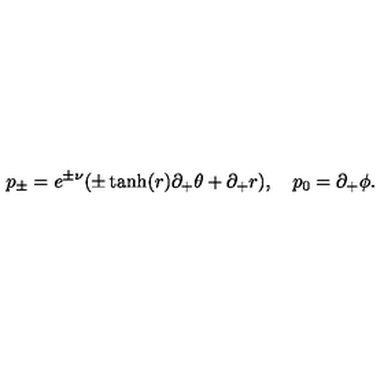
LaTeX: p _ { \pm } = e ^ { \pm \nu } ( \pm \tanh ( r ) \partial _ { + } \theta + \partial _ { + } r ) , \quad p _ { 0 } = \partial _ { + } \phi .